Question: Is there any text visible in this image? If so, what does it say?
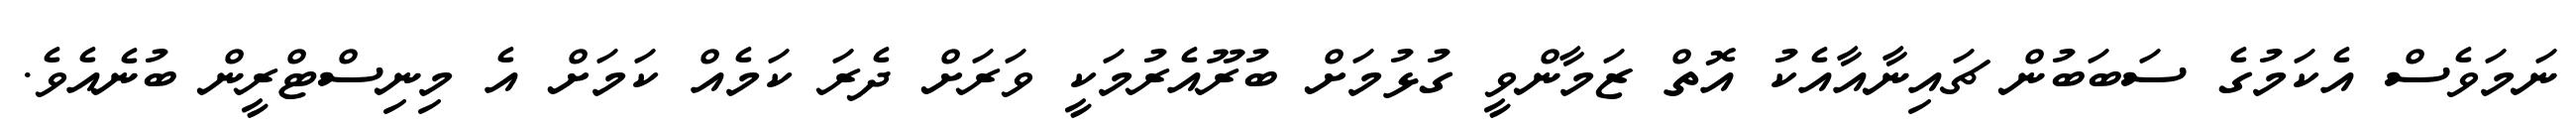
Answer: ނަމަވެސް އެކަމުގެ ސަބަބުން ޗައިނާއާއެކު އޮތް ޒަމާންވީ ގުޅުމަށް ބުރޫއެރުމަކީ ވަރަށް ދެރަ ކަމެއް ކަމަށް އެ މިނިސްޓްރީން ބުނެއެވެ.